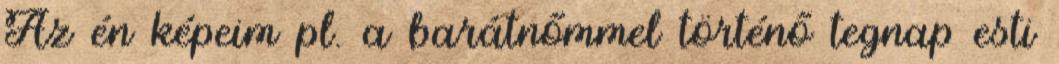
Az én képeim pl. a barátnőmmel történő tegnap esti